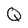
Character: Q